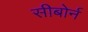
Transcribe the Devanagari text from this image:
सीबोर्न